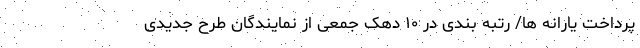
پرداخت یارانه ها/ رتبه بندی در ۱۰ دهک جمعی از نمایندگان طرح جدیدی